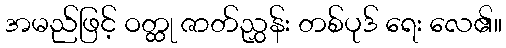
အမည်ဖြင့် ဝတ္ထု ဇာတ်ညွှန်း တစ်ပုဒ် ရေး လေ၏။